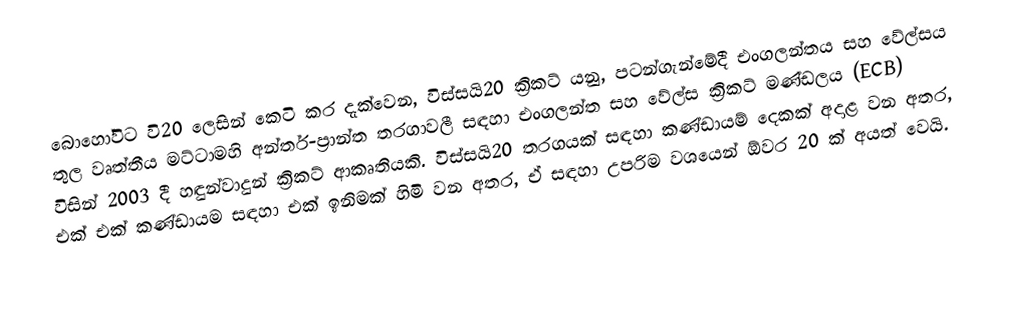
බොහෝවිට වි20 ලෙසින් කෙටි කර දැක්වෙන, විස්සයි20 ක්‍රිකට් යනු,  පටන්ගැන්මේදී එංගලන්තය සහ වේල්සය තුල වෘත්තීය මට්ටාමහි අන්තර්-ප්‍රාන්ත තරගාවලී සඳහා එංගලන්ත සහ වේල්ස ක්‍රිකට් මණ්ඩලය (ECB) විසින්  2003 දී  හඳුන්වාදුන්  ක්‍රිකට් ආකෘතියකි. විස්සයි20 තරගයක් සඳහා කණ්ඩායම් දෙකක් අදාළ වන අතර, එක් එක් කණ්ඩායම සඳහා එක් ඉනිමක් හිමි වන අතර, ඒ සඳහා උපරිම වශයෙන් ඕවර 20 ක් අයත් වෙයි.